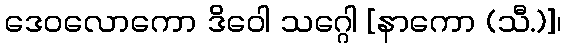
ဒေဝလောကော ဒိဝေါ သဂ္ဂေါ [နာကော (သီ.)]၊